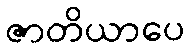
ဇာတိယာပေ